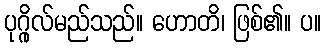
ပုဂ္ဂိုလ်မည်သည်။ ဟောတိ၊ ဖြစ်၏။ ပ။